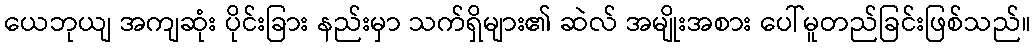
ယေဘုယျ အကျဆုံး ပိုင်းခြား နည်းမှာ သက်ရှိများ၏ ဆဲလ် အမျိုးအစား ပေါ်မူတည်ခြင်းဖြစ်သည်။